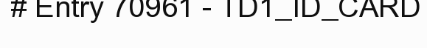
# Entry 70961 - TD1_ID_CARD